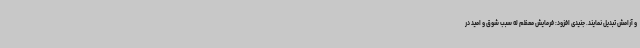
و آرامش تبدیل نمایند. جنیدی افزود: فرمایش معظم له سبب شوق و امید در